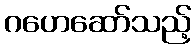
ဂဟေဆော်သည့်